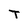
Character: T